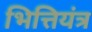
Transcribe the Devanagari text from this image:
भित्तियंत्र